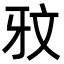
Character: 𭷏